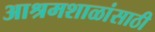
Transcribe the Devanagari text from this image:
आश्रमशाळांसाठी